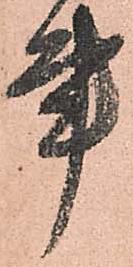
事